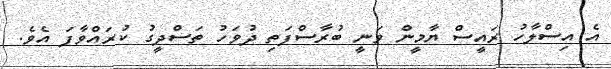
އެ އިސްލާހު ރައީސް ޔާމީން ވަނީ ބުރާސްފަތި ދުވަހު ތަސްދީގު ކުރައްވާފަ އެވެ.